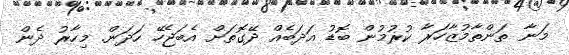
މަނާ ތަންތާމުޒާހަރާ ކުރުމުން ބޮޑު އަދަބެއް ދޭގޮތަށް އެބަޖެހޭ ހަދަން. މިހާރު ދެން